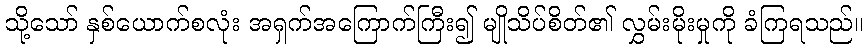
သို့သော် နှစ်ယောက်စလုံး အရှက်အကြောက်ကြီး၍ မျိုသိပ်စိတ်၏ လွှမ်းမိုးမှုကို ခံကြရသည်။